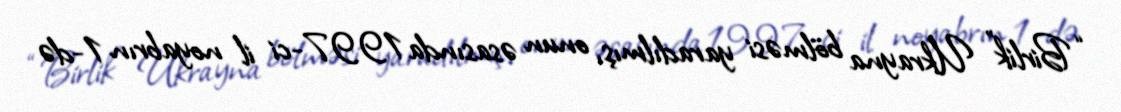
“Birlik” Ukrayna bölməsi yaradılmış, onun əsasında 1997-ci il noyabrın 1-də